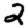
Digit: 2